Indian journal of veterinary science and animal husbandry - Volume 10,
Year: 1940
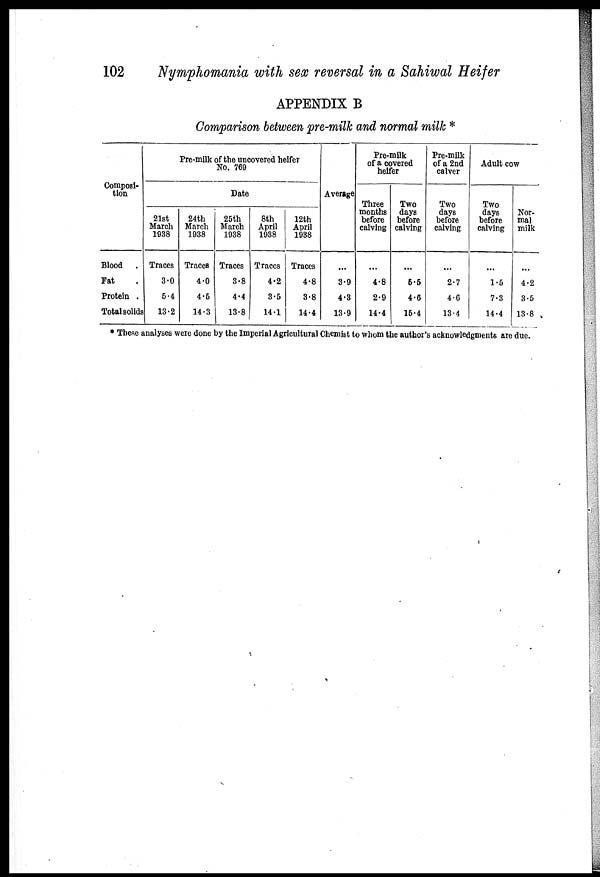
102
Nymphomania with sex reversal in a Sahiwal Heifer
APPENDIX B
Comparison between pre-milk and normal milk *
Composi-
tion
Blood .
Fat .
Protein .
Total solids
Pre-milk of the uncovered heifer
No.769
Date
21st
March
1938
Traces
3.0
5.4
13.2
24th
March
1938
Traces
4.0
4.5
14.3
25th
March
1938
Traces
3.8
4.4
13.8
8th
April
1938
Traces
4.2
3.5
14.1
12th
April
1938
Traces
4.8
3.8
14.4
Average
...
3.9
4.3
13.9
Pre-milk
of a covered
heifer
Three
months
before
calving
...
4.8
2.9
14.4
Two
days
before
calving
...
5.5
4.6
15.4
Pre-milk
of a 2nd
calver
Two
days
before
calving
...
2.7
4.6
13.4
Adult cow
Two
days
before
calving
...
1.5
7.3
14.4
Nor-
mal
milk
...
4.2
3.5
13.8
* These analyses were done by the Imperial Agricultural Chemist to whom the author's acknowledgments are due.